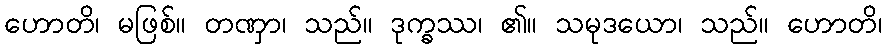
ဟောတိ၊ မဖြစ်။ တဏှာ၊ သည်။ ဒုက္ခဿ၊ ၏။ သမုဒယော၊ သည်။ ဟောတိ၊